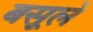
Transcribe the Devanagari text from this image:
बसूले